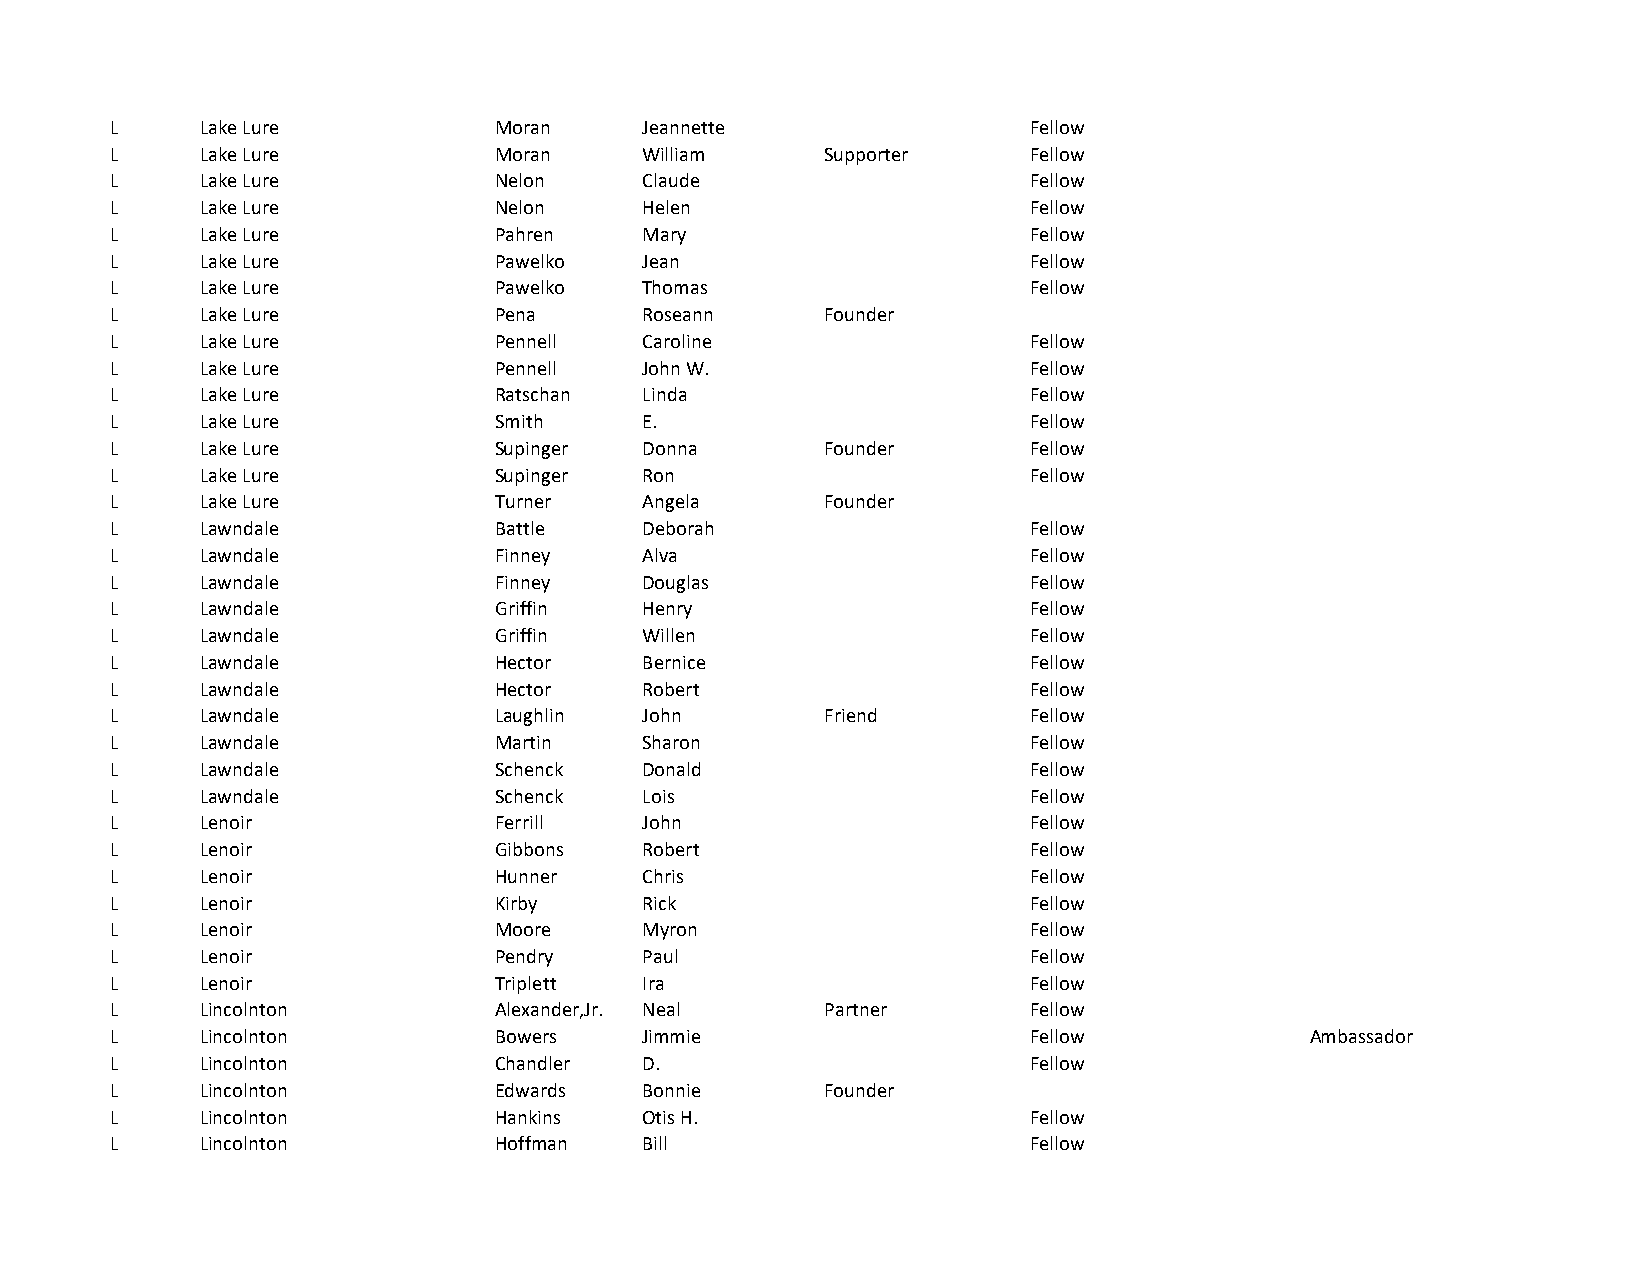
L     Lake Lure           Moran     Jeannette                Fellow
 L     Lake Lure           Moran     William     Supporter    Fellow
 L     Lake Lure           Nelon     Claude                   Fellow
 L     Lake Lure           Nelon     Helen                    Fellow
 L     Lake Lure           Pahren    Mary                     Fellow
 L     Lake Lure           Pawelko   Jean                     Fellow
 L     Lake Lure           Pawelko   Thomas                   Fellow
 L     Lake Lure           Pena      Roseann     Founder
 L     Lake Lure           Pennell   Caroline                 Fellow
 L     Lake Lure           Pennell   John W.                  Fellow
 L     Lake Lure           Ratschan  Linda                    Fellow
 L     Lake Lure           Smith     E.                       Fellow
 L     Lake Lure           Supinger  Donna       Founder      Fellow
 L     Lake Lure           Supinger  Ron                      Fellow
 L     Lake Lure           Turner    Angela      Founder
 L     Lawndale            Battle    Deborah                  Fellow
 L     Lawndale            Finney    Alva                     Fellow
 L     Lawndale            Finney    Douglas                  Fellow
 L     Lawndale            Griffin   Henry                    Fellow
 L     Lawndale            Griffin   Willen                   Fellow
 L     Lawndale            Hector    Bernice                  Fellow
 L     Lawndale            Hector    Robert                   Fellow
 L     Lawndale            Laughlin  John        Friend       Fellow
 L     Lawndale            Martin    Sharon                   Fellow
 L     Lawndale            Schenck   Donald                   Fellow
 L     Lawndale            Schenck   Lois                     Fellow
 L     Lenoir              Ferrill   John                     Fellow
 L     Lenoir              Gibbons   Robert                   Fellow
 L     Lenoir              Hunner    Chris                    Fellow
 L     Lenoir              Kirby     Rick                     Fellow
 L     Lenoir              Moore     Myron                    Fellow
 L     Lenoir              Pendry    Paul                     Fellow
 L     Lenoir              Triplett  Ira                      Fellow
 L     Lincolnton          Alexander,Jr. Neal    Partner      Fellow
 L     Lincolnton          Bowers    Jimmie                   Fellow             Ambassador
 L     Lincolnton          Chandler  D.                       Fellow
 L     Lincolnton          Edwards   Bonnie      Founder
 L     Lincolnton          Hankins   Otis H.                  Fellow
 L     Lincolnton          Hoffman   Bill                     Fellow